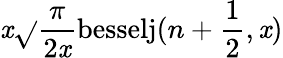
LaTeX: \mathit{x}\sqrt{}{{\frac{{\pi}}{{2\mathit{x}}}}}\mathrm{{besselj}}(n+\frac{{1}}{{2}},\mathit{x})